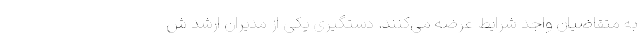
به متقاضیان واجد شرایط عرضه می‌کنند. دستگیری یکی از مدیران ارشد ش